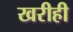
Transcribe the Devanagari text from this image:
खरीही